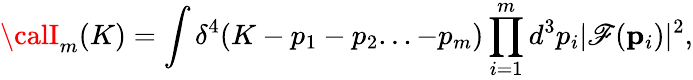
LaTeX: {\calI}_{m}(K)=\int\delta^{4}(K-p_{1}-p_{2}...-p_{m})\prod_{i=1}^{m}d^{3}p_{i}|\mathscr{F}({\mathbf{p}}_{i})|^{2},